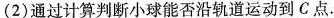
(2)通过计算判断小球能否沿轨道运动到C点.